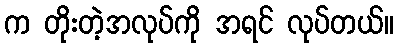
က တိုးတဲ့အလုပ်ကို အရင် လုပ်တယ်။